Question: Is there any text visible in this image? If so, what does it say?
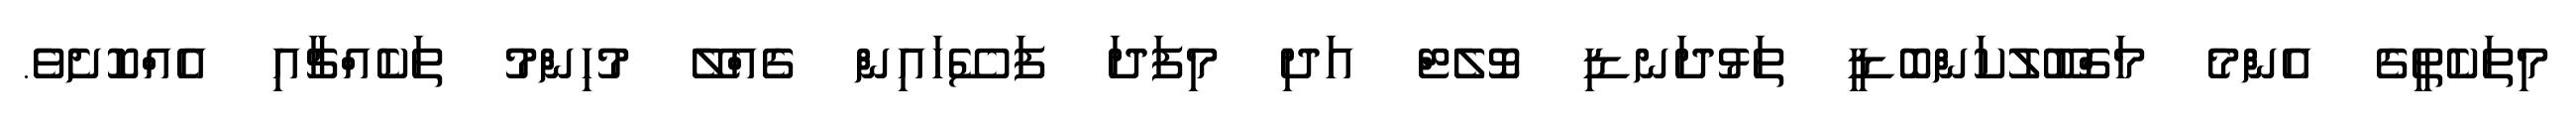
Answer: މިތަކެތީގެ އެންމެ މަގްބޫލުކަންބޮޑީ ތަޅުދަނޑި ވޮލެޓް އަދި މިފަދަ ފަސޭހައިން ގެއްލޭ މުހިންމު ތަކެއްޗާއި އެއްކޮށެވެ.